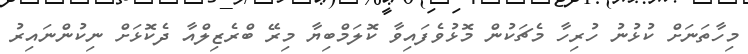
މިހާތަނަށް ކުޅުނު ހުރިހާ މެޗަކުން މޮޅުވެފައިވާ ކޮލަމްބިޔާ މިރޭ ބްރެޒިލްއާ ދެކޮޅަށް ނިކުންނައިރު